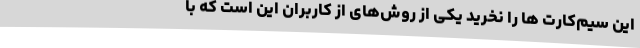
این سیم‌کارت‌ ها را نخرید یکی از روش‌های از کاربران این است که با